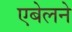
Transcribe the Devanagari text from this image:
एबेलने